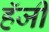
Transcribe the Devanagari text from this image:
हॅजी